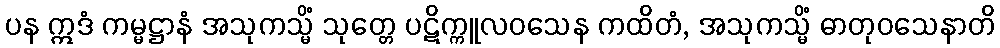
ပန ဣဒံ ကမ္မဋ္ဌာနံ အသုကသ္မိံ သုတ္တေ ပဋိက္ကူလဝသေန ကထိတံ, အသုကသ္မိံ ဓာတုဝသေနာတိ